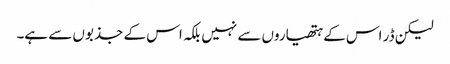
لیکن ڈر اس کے ہتھیاروں سے نہیں بلکہ اس کے جذبوں سے ہے۔